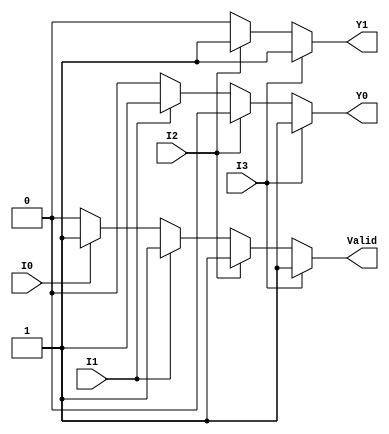
module encoder_4to2 (
    input wire I0,  // Input line 0
    input wire I1,  // Input line 1
    input wire I2,  // Input line 2
    input wire I3,  // Input line 3
    output reg Y1,  // Output line 1
    output reg Y0,  // Output line 0
    output reg Valid // Valid output
);

always @(*) begin
    // Default values
    Y1 = 1'b0;
    Y0 = 1'b0;
    Valid = 1'b0;

    // Priority encoding
    if (I3) begin
        Y1 = 1'b1;
        Y0 = 1'b1;
        Valid = 1'b1;
    end else if (I2) begin
        Y1 = 1'b1;
        Y0 = 1'b0;
        Valid = 1'b1;
    end else if (I1) begin
        Y1 = 1'b0;
        Y0 = 1'b1;
        Valid = 1'b1;
    end else if (I0) begin
        Y1 = 1'b0;
        Y0 = 1'b0;
        Valid = 1'b1;
    end
    // If no inputs are active, Y1, Y0, and Valid remain at their default values (0)
end

endmodule